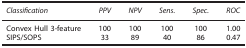
<table><thead><tr><td><b><i>Classification</i></b></td><td><b><i>PPV</i></b></td><td><b><i>NPV</i></b></td><td><b><i>Sens.</i></b></td><td><b><i>Spec.</i></b></td><td><b><i>ROC</i></b></td></tr></thead><tbody><tr><td>Convex Hull 3-feature</td><td>100</td><td>100</td><td>100</td><td>100</td><td>1.00</td></tr><tr><td>SIPS/SOPS</td><td>33</td><td>89</td><td>40</td><td>86</td><td>0.47</td></tr></tbody></table>